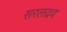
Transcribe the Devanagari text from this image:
सरलद्रव